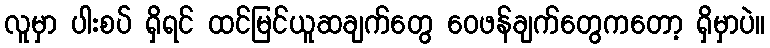
လူမှာ ပါးစပ် ရှိရင် ထင်မြင်ယူဆချက်တွေ ဝေဖန်ချက်တွေကတော့ ရှိမှာပဲ။